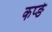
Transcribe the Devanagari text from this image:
कप्ङे